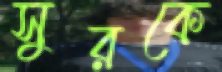
সুরকে